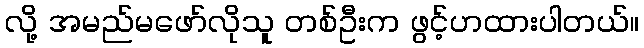
လို့ အမည်မဖော်လိုသူ တစ်ဦးက ဖွင့်ဟထားပါတယ်။